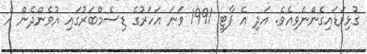
ގުޅިވަޑައިގެންނެވިއެވެ. އަދި އެ ޕާޓީ 1991 ވަނަ އަހަރުގެ ޑިސެމްބަރުގައި އުވެންދެން އެ